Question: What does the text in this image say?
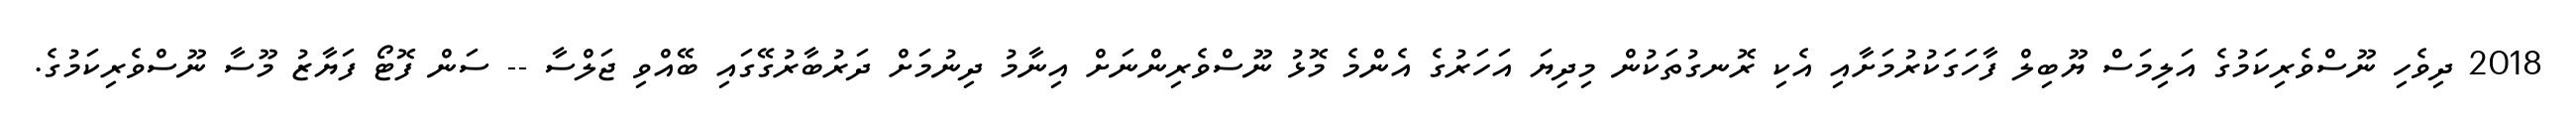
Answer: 2018 ދިވެހި ނޫސްވެރިކަމުގެ އަލިމަސް ޔޫބިލް ފާހަގަކުރުމަށާއި އެކި ރޮނގުތަކުން މިދިޔަ އަހަރުގެ އެންމެ މޮޅު ނޫސްވެރިންނަށް އިނާމު ދިނުމަށް ދަރުބާރުގޭގައި ބޭއްވި ޖަލްސާ -- ސަން ފޮޓޯ ފަޔާޒު މޫސާ ނޫސްވެރިކަމުގެ.